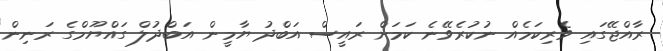
ރާއްޖޭގައި ވެރިކަމެއް ނުކުރެވޭނެ ކަމަށް ރައީސް އަބްދު ޔާމީން އަބްދުލް ގައްޔޫމްގެ ރަނިން